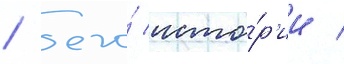
/ его́ исто́р'ии /